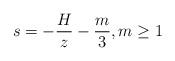
LaTeX: \begin{align*}s=-\frac{H}{z}-\frac{m}{3}, m\geq 1\end{align*}